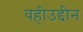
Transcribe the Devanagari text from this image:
वहीउद्दीन